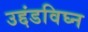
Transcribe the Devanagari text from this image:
उद्दंडविघ्न